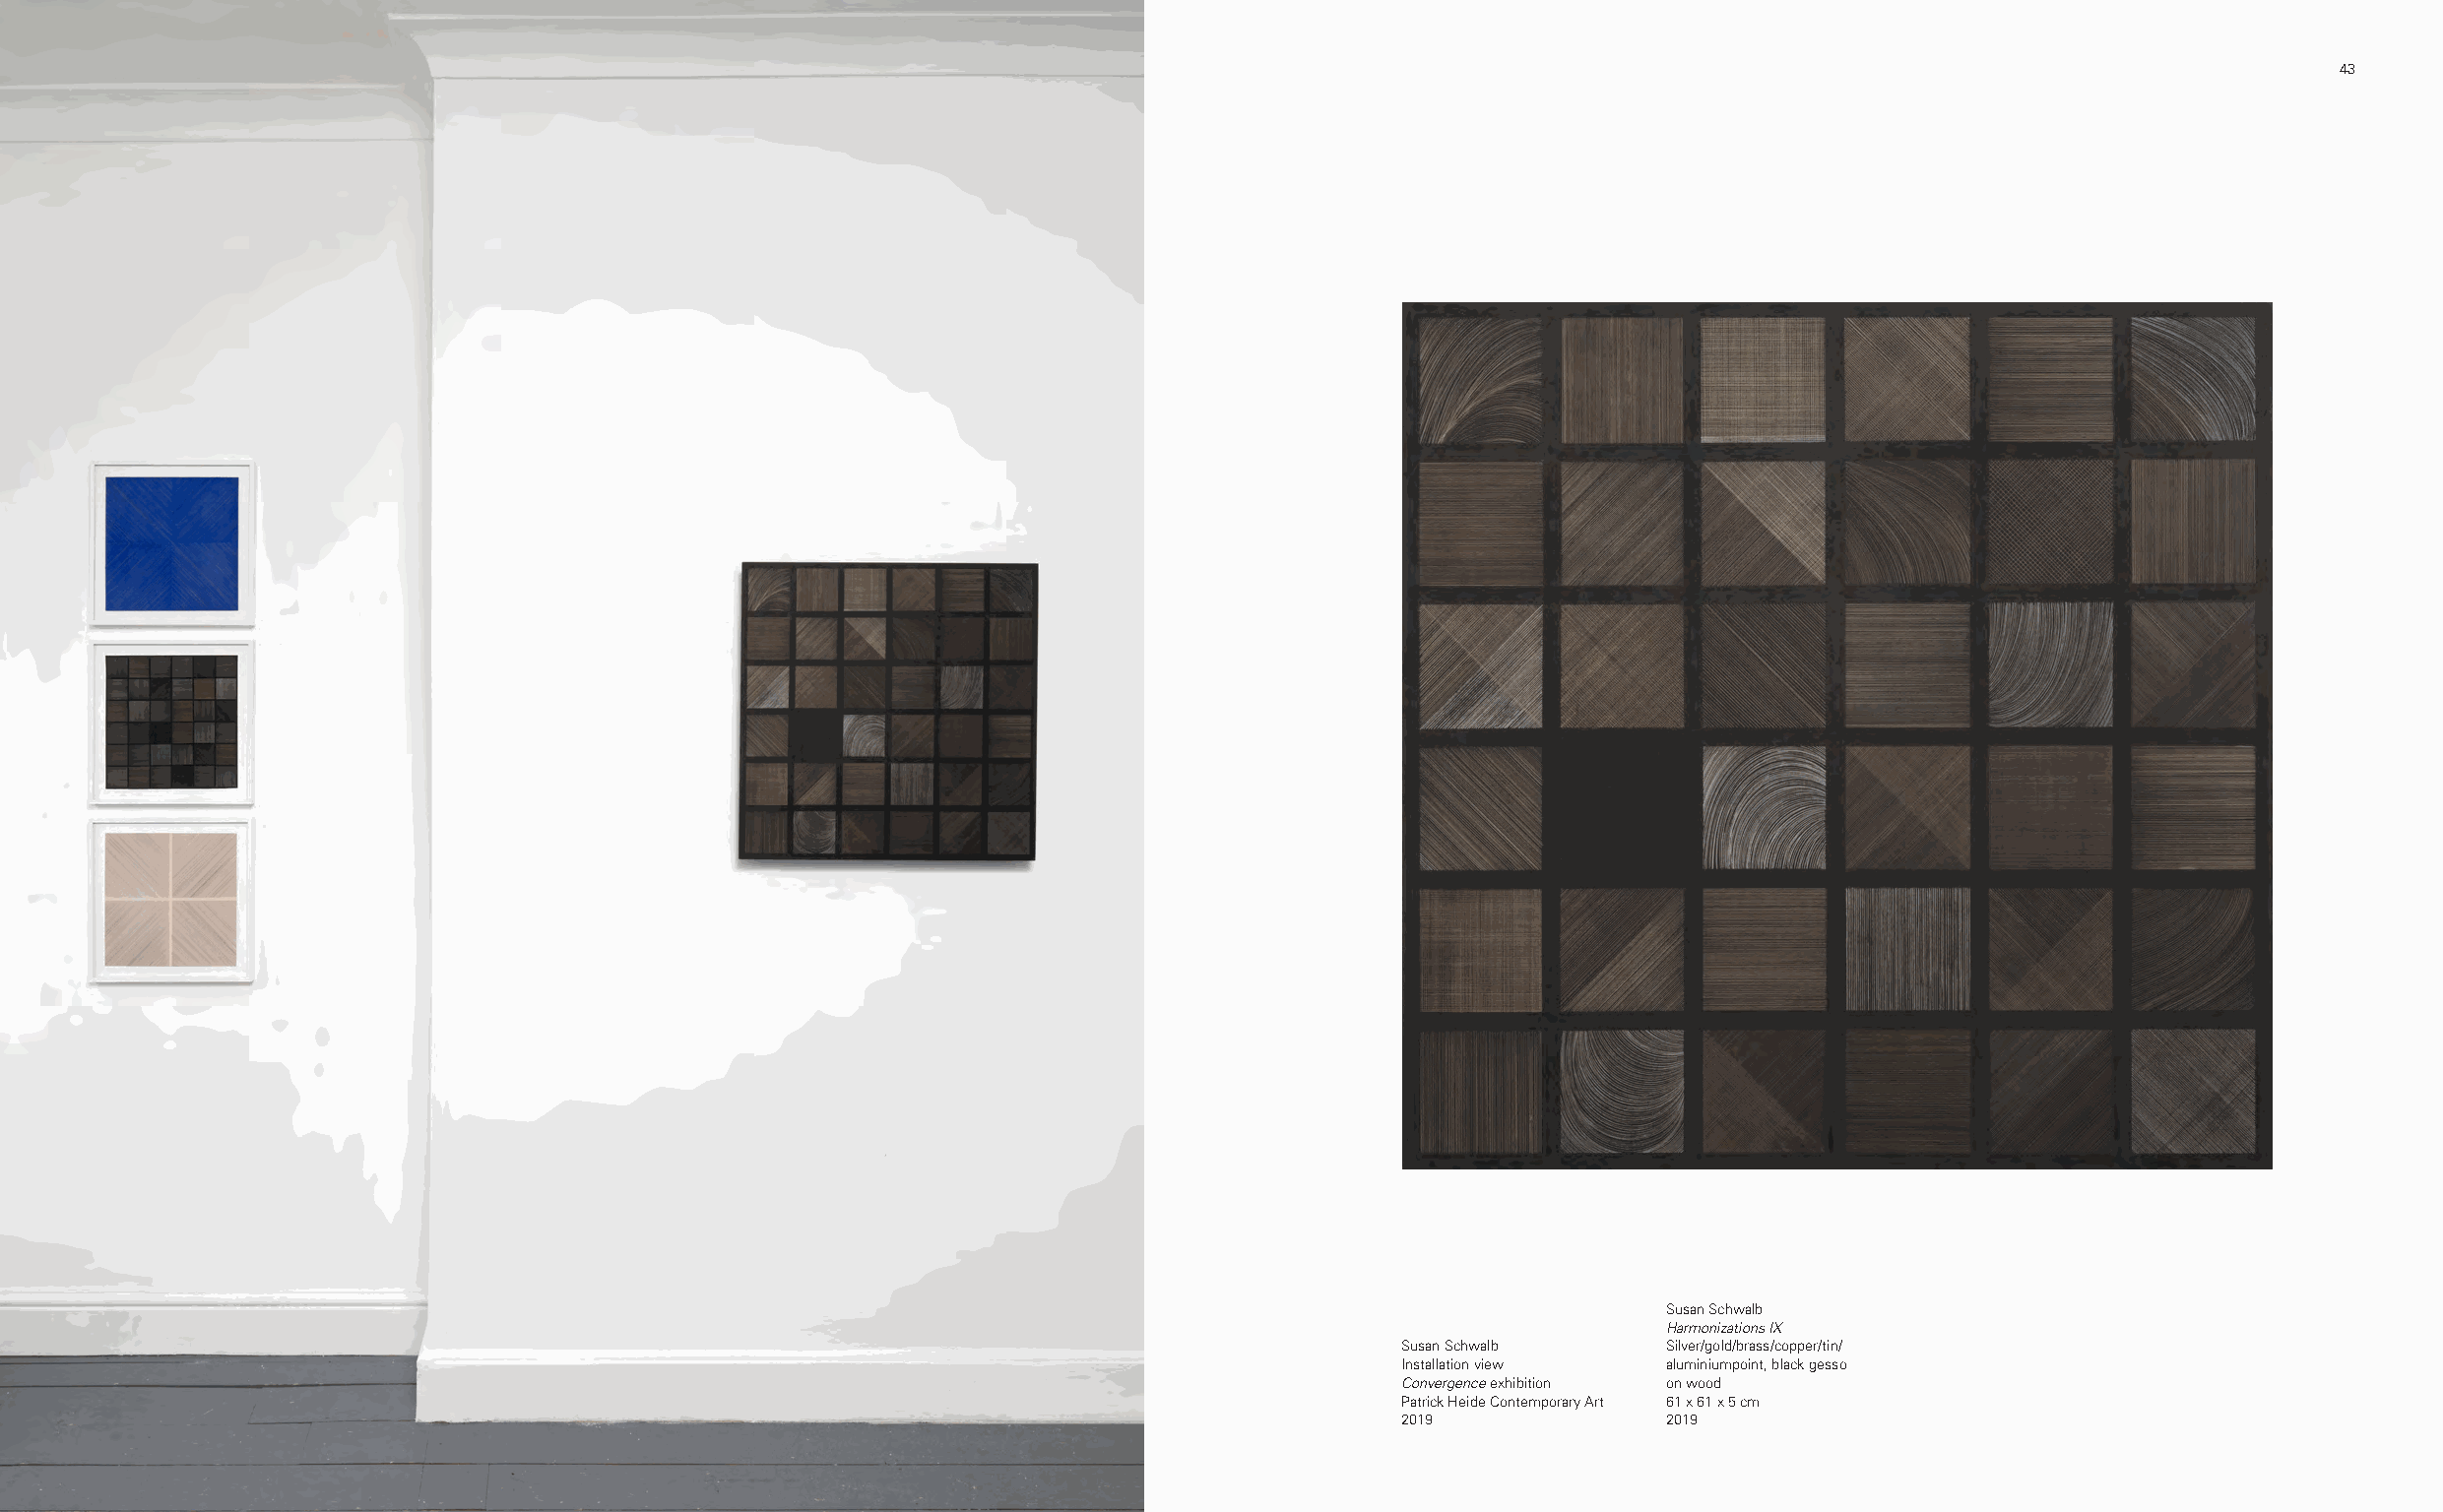
42                                                                                                                                                     43
 Susan Schwalb
 Harmonizations IX
 Susan Schwalb     Silver/gold/brass/copper/tin/
 Installation view aluminiumpoint, black gesso
 Convergence exhibition on wood
 Patrick Heide Contemporary Art 61 x 61 x 5 cm
 2019              2019